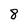
Character: 8